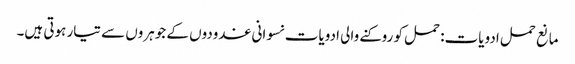
مانع حمل ادویات: حمل کو روکنے والی ادویات نسوانی غدودوں کے جوہروں سے تیار ہوتی ہیں۔